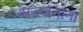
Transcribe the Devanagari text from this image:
सज्जनानां